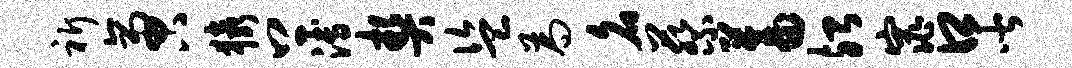
祈啻猿上溥契盗为名蔡蓄殆窕口皆